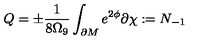
Q = \pm \frac { 1 } { 8 \Omega _ { 9 } } \int _ { \partial M } e ^ { 2 \phi } \partial \chi : = N _ { - 1 }